Sketch of the medical history of the native army of Bombay, for the year
Year: 1876
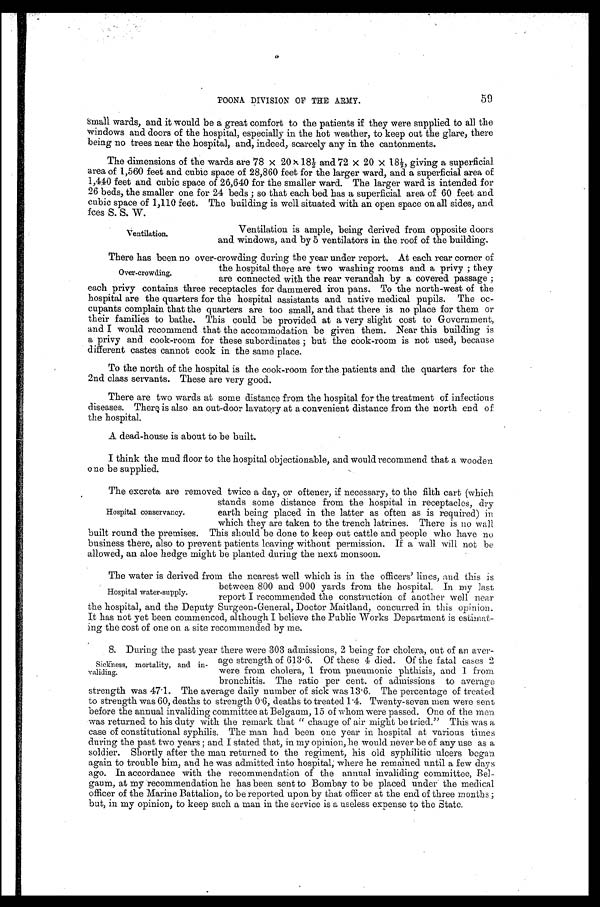
59
POONA DIVISION OF THE ARMY.
Small wards, and it would be a great comfort to the patients if they were supplied to all the
windows and doors of the hospital, especially in the hot weather, to keep out the glare, there
being no trees near the hospital, and, indeed, scarcely any in the cantonments.
The dimensions of the wards are 78 × 20 × 18½ and 72 × 20 × 18½, giving a superficial
area of 1,560 feet and cubic space of 28,860 feet for the larger ward, and a superficial area of
1,440 feet and cubic space of 26,640 for the smaller ward. The larger ward is intended for
26 beds, the smaller one for 24 beds; so that each bed has a superficial area of 60 feet and
cubic space of 1,110 feet. The building is well situated with an open space on all sides, and
fces S. S. W.
Ventilation.
Ventilation is ample, being derived from opposite doors
and windows, and by 5 ventilators in the roof of the building.
There has been no over-crowding during the year under report. At each rear corner of
the hospital there are two washing rooms and a privy; they
are connected with the rear verandah by a covered passage;
each privy contains three receptacles for dammered iron pans. To the north-west of the
hospital are the quarters for the hospital assistants and native medical pupils. The oc
-cupants complain that the quarters are too small, and that there is no place for them or
their families to bathe. This could be provided at a very slight cost to Government,
and I would recommend that the accommodation be given them. Near this building is
a privy and cook-room for these subordinates; but the cook-room is not used, because
different castes cannot cook in the same place.
To the north of the hospital is the cook-room for the patients and the quarters for the
2nd class servants. These are very good.
There are two wards at some distance from the hospital for the treatment of infectious
diseases. There is also an out-door lavatory at a convenient distance from the north end of
the hospital.
A dead-house is about to be built.
I think the mud floor to the hospital objectionable, and would recommend that a wooden
one be supplied.
The excreta are removed twice a day, or oftener, if necessary, to the filth cart (which
stands some distance from the hospital in receptacles, dry
earth being placed in the latter as often as is required) in
which they are taken to the trench latrines. There is no wall
built round the premises. This should be done to keep out cattle and people who have no
business there, also to prevent patients leaving without permission. If a wall will not be
allowed, an aloe hedge might be planted during the next monsoon.
The water is derived from the nearest well which is in the officers' lines, and this is
between 800 and 900 yards from the hospital. In my last
report I recommended the construction of another well near
the hospital, and the Deputy Surgeon-General, Doctor Maitland, concurred in this opinion.
It has not yet been commenced, although I believe the Public Works Department is estimat
-ing the cost of one on a site recommended by me.
8. During the past year there were 303 admissions, 2 being for cholera, out of an aver--
age strength of 613.6. Of these 4 died. Of the fatal cases 2
were from cholera, 1 from pneumonic phthisis, and 1 from
bronchitis. The ratio per cent. of admissions to average
strength was 47.1. The average daily number of sick was 13.6. The percentage of treated
to strength was 60, deaths to strength 0.6, deaths to treated 1.4. Twenty-seven men were sent
before the annual invaliding committee at Belgaum, 15 of whom were passed. One of the men
was returned to his duty with the remark that "change of air might be tried." This was a
case of constitutional syphilis. The man had been one year in hospital at various times
during the past two years; and I stated that, in my opinion, he would never be of any use as a
soldier. Shortly after the man returned to the regiment, his old syphilitic ulcers began
again to trouble him, and he was admitted into hospital, where he remained until a few days
ago. In accordance with the recommendation of the annual invaliding committee, Bel--
gaum, at my recommendation he has been sent to Bombay to be placed under the medical
officer of the Marine Battalion, to be reported upon by that officer at the end of three months;
but, in my opinion, to keep such a man in the service is a useless expense to the State.
Over-crowding.
Hospital conservancy.
Hospital water-supply.
Sickness, mortality, and in--
validing.